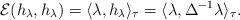
LaTeX: \begin{gather*}{\mathcal E}(h_\lambda, h_\lambda)=\langle\lambda, h_\lambda\rangle_\tau=\langle\lambda, \Delta^{-1}\lambda\rangle_\tau.\end{gather*}